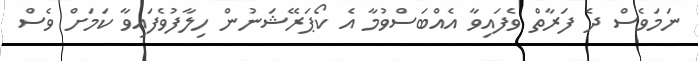
ނަމަވެސް ދެ ފަރާތް ވެފައިވާ އެއްބަސްވުމާ އެ ކޯޕަރޭޝަނުން ހިލާފުވެފައިވާ ކަމަށް ވެސް